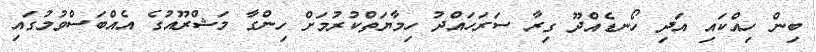
ބިން ހިއްކައި އަދި ހޯނޑެއްދޫ ގިރާ ސަރަހައްދު ހިމާޔަތްކުރުމަށް ހިންގާ މަޝްރޫއުގެ އެއްބަސްވުމުގައި